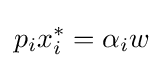
p_{i}x_{i}^{*}=\alpha _{i}w